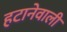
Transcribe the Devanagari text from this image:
हटानेवाली